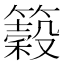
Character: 𥵠